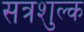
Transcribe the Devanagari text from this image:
सत्रशुल्क